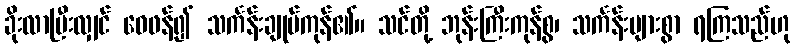
ခိုးလာပြီးလျှင် ဝေဖန်၍ သင်္ကန်းချုပ်ကုန်၏။ သင်တို့ ဘုန်းကြီးကုန်စွ၊ သင်္ကန်းများစွာ ရကြသည်ဟု